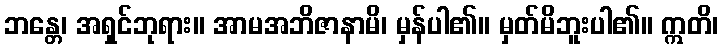
ဘန္တေ၊ အရှင်ဘုရား။ အာမအဘိဇာနာမိ၊ မှန်ပါ၏။ မှတ်မိဘူးပါ၏။ ဣတိ၊